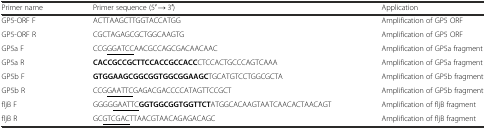
<table><thead><tr><td><b>Primer name</b></td><td><b>Primer sequence (5′ → 3′)</b></td><td><b>Application</b></td></tr></thead><tbody><tr><td>GP5-ORF F</td><td>ACTTAAGCTTGGTACCATGG</td><td>Amplification of GP5 ORF</td></tr><tr><td>GP5-ORF R</td><td>CGCTAGAGCGCTGGCAAGTG</td><td>Amplification of GP5 ORF</td></tr><tr><td>GP5a F</td><td>CCG<underline>GGATCC</underline>AACGCCAGCGACAACAAC</td><td>Amplification of GP5a fragment</td></tr><tr><td>GP5a R</td><td><b>CACCGCCGCTTCCACCGCCACC</b>CTCCACTGCCCAGTCAAA</td><td>Amplification of GP5a fragment</td></tr><tr><td>GP5b F</td><td><b>GTGGAAGCGGCGGTGGCGGAAGC</b>TGCATGTCCTGGCGCTA</td><td>Amplification of GP5b fragment</td></tr><tr><td>GP5b R</td><td>CCG<underline>GAATTC</underline>GAGACGACCCCATAGTTCCGCT</td><td>Amplification of GP5b fragment</td></tr><tr><td>fljB F</td><td>GGGG<underline>GAATTC</underline><b>GGTGGCGGTGGTTCT</b>ATGGCACAAGTAATCAACACTAACAGT</td><td>Amplification of fljB fragment</td></tr><tr><td>fljB R</td><td>GC<underline>GTCGAC</underline>TTAACGTAACAGAGACAGC</td><td>Amplification of fljB fragment</td></tr></tbody></table>